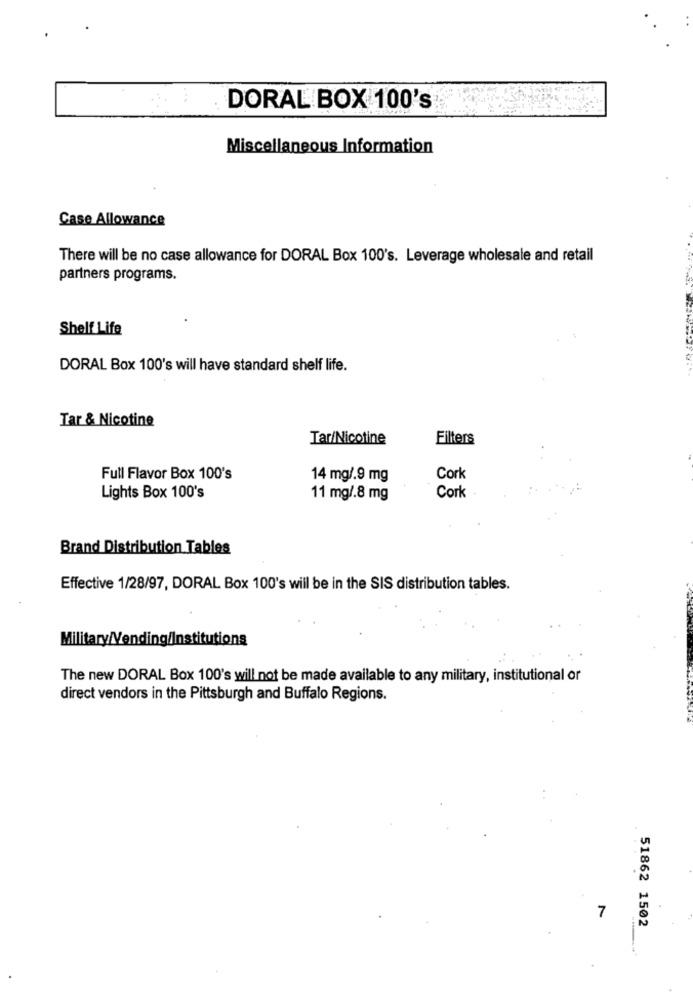
DORAL BOX 100's
Miscellaneous Information
Case Allowance
There will be no case allowance for DORAL Box 100's. Leverage wholesale and retail
partners programs.
Shelf Life
DORAL Box 100's will have standard shelf life.
Tar & Nicotine
Tar/Nicotine
Filters
Full Flavor Box 100's
14 mg/.9 mg
Cork
Lights Box 100's
11 mg/.8 mg
Cork
Brand Distribution Tables
Effective 1/28/97, DORAL Box 100's will be in the SIS distribution tables.
Military/Vending/Institutions
The new DORAL Box 100's will not be made available to any military, institutional or
direct vendors in the Pittsburgh and Buffalo Regions.
7
51862 1502